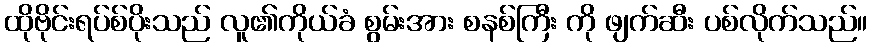
ထိုဗိုင်းရပ်စ်ပိုးသည် လူ၏ကိုယ်ခံ စွမ်းအား စနစ်ကြီး ကို ဖျက်ဆီး ပစ်လိုက်သည်။